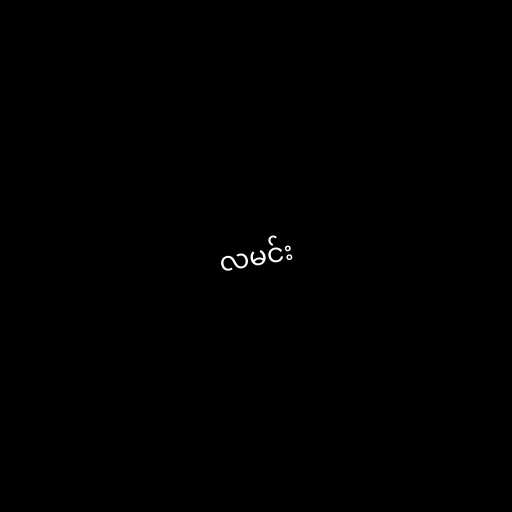
လမင်း